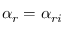
\alpha _ { r } = \alpha _ { r i }